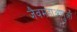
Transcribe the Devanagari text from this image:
जैवमहाअणुओं